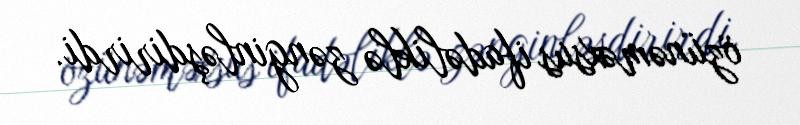
özünəməxsus ifadəliklə zənginləşdirirdi.